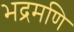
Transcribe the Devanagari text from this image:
भद्रमणि